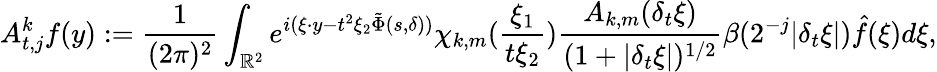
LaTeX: A_{t,j}^{k}f(y):=\frac{1}{(2\pi)^{2}}\int_{{\mathbb{R}}^{2}}e^{i(\xi\cdot y-t^{2}\xi_{2}\tilde{\Phi}(s,\delta))}\chi_{k,m}(\frac{\xi_{1}}{t\xi_{2}})\frac{A_{k,m}(\delta_{t}\xi)}{(1+|\delta_{t}\xi|)^{1/2}}\beta(2^{-j}|\delta_{t}\xi|)\hat{f}(\xi)d\xi,